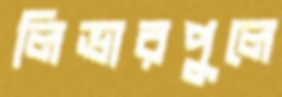
লিভারপুলে